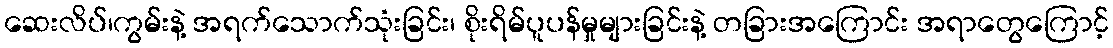
ဆေးလိပ်၊ကွမ်းနဲ့ အရက်သောက်သုံးခြင်း၊ စိုးရိမ်ပူပန်မှုများခြင်းနဲ့ တခြားအကြောင်း အရာတွေကြောင့်